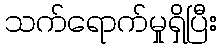
သက်ရောက်မှုရှိပြီး